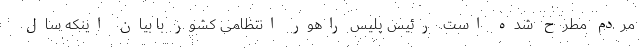
مردم مطرح شده است. رئیس پلیس راهور انتظامی کشور با بیان اینکه سال